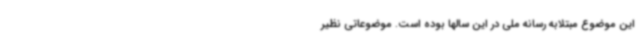
این موضوع مبتلابه رسانه ملی در این سالها بوده است. موضوعاتی نظیر